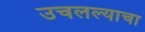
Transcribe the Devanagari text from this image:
उचलल्याचा